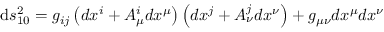
\mathrm { d } s _ { 1 0 } ^ { 2 } = g _ { i j } \left( d x ^ { i } + A _ { \mu } ^ { i } d x ^ { \mu } \right) \left( d x ^ { j } + A _ { \nu } ^ { j } d x ^ { \nu } \right) + g _ { \mu \nu } d x ^ { \mu } d x ^ { \nu }